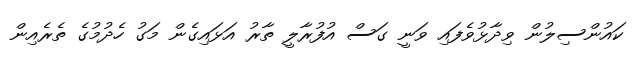
ކައުންސިލުން ވިދާޅުވެފައި ވަނީ ގަސް އުފުރާލީ ތާރު އަޅައިގެން މަގު ހެދުމުގެ ތެރެއިން